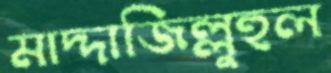
মাদ্দাজিল্লুহুল